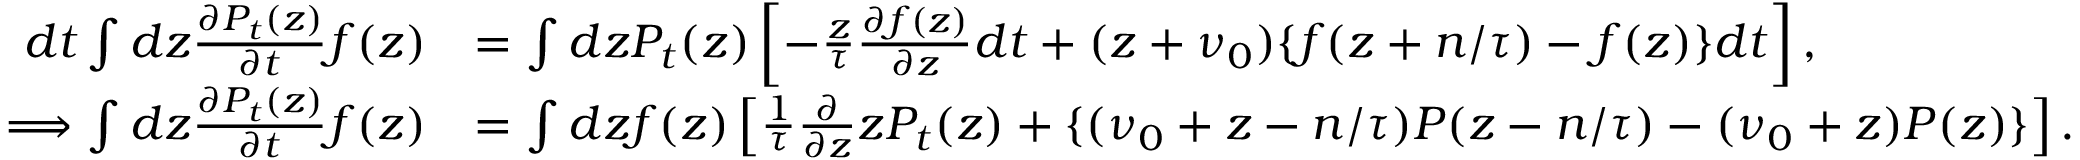
\begin{array} { r l } { d t \int d z \frac { \partial P _ { t } ( z ) } { \partial t } f ( z ) } & { = \int d z P _ { t } ( z ) \left[ - \frac { z } { \tau } \frac { \partial f ( z ) } { \partial z } d t + ( z + \nu _ { 0 } ) \{ f ( z + n / \tau ) - f ( z ) \} d t \right] , } \\ { \Longrightarrow \int d z \frac { \partial P _ { t } ( z ) } { \partial t } f ( z ) } & { = \int d z f ( z ) \left[ \frac { 1 } { \tau } \frac { \partial } { \partial z } z P _ { t } ( z ) + \{ ( \nu _ { 0 } + z - n / \tau ) P ( z - n / \tau ) - ( \nu _ { 0 } + z ) P ( z ) \} \right] . } \end{array}